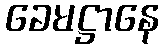
ခေမဋ္ဌာနေ